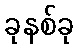
ခုနစ်ခု